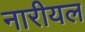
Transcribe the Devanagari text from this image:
नारीयल